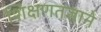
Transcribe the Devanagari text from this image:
शिक्षणतज्ञाने